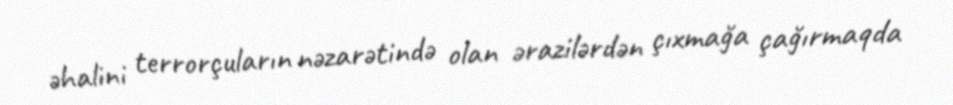
əhalini terrorçuların nəzarətində olan ərazilərdən çıxmağa çağırmaqda